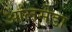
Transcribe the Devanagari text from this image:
आलमेडा